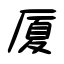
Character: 厦